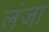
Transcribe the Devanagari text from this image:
लंजा